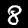
Digit: 8